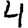
Digit: 4